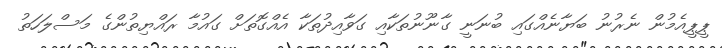
ޕީޕީއެމުން ނެރުނު ބަޔާނެއްގައި ބުނަނީ ގާނޫނުތަކާއި ގަވާއިދުތަކާ އެއްގޮތަށް ގައުމާ ރައްޔިތުންގެ މަސްލަހަތު